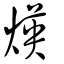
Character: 煐